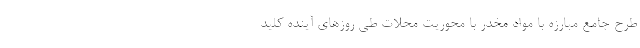
طرح جامع مبارزه با مواد مخدر با محوریت محلات طی روزهای آینده کلید